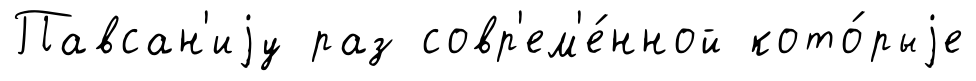
Павсан'иjу раз совр'ем'е́нной кото́рыjе